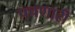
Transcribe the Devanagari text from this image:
पचणारी